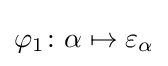
\varphi _{1}\colon \alpha \mapsto \varepsilon _{\alpha }